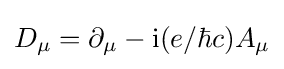
D_{\mu }=\partial _{\mu }-\mathrm {i} (e/\hbar c)A_{\mu }